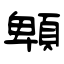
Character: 䫌